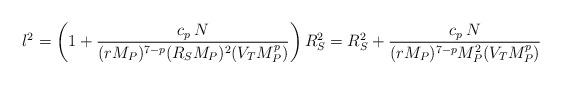
LaTeX: \begin{align*}l^2 = \left(1 + { c_p \,N \over (r M_P)^{7-p} (R_S M_P)^2 (V_T M_P^p)} \right) R_S^2 = R_S^2 + { c_p \,N \over (r M_P)^{7-p} M_P^2 (V_T M_P^p)}\end{align*}